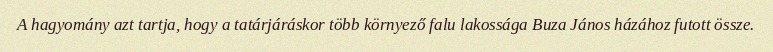
A hagyomány azt tartja, hogy a tatárjáráskor több környező falu lakossága Buza János házához futott össze.